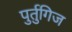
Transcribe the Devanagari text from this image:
पुर्तुगिज